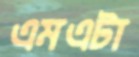
এমএটা